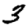
Digit: 3